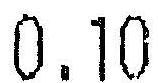
0.10